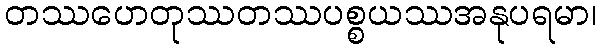
တဿဟေတုဿတဿပစ္စယဿအနုပရမာ၊